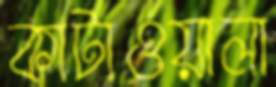
কাটাওয়ালা